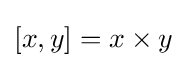
[x,y]=x\times y